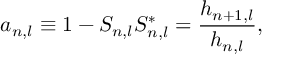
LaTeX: a _ { n , l } \equiv 1 - S _ { n , l } S _ { n , l } ^ { * } = \frac { h _ { n + 1 , l } } { h _ { n , l } } ,